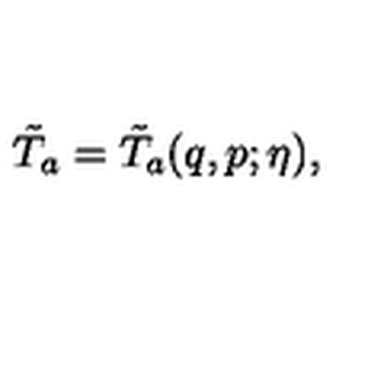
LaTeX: \tilde { T } _ { a } = \tilde { T } _ { a } ( q , p ; \eta ) ,